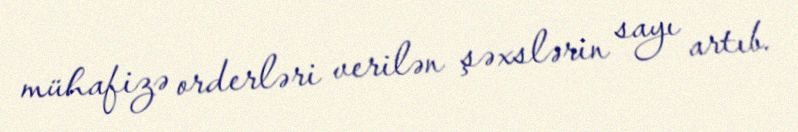
mühafizə orderləri verilən şəxslərin sayı artıb.